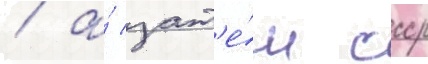
/ а́ зат'е́м ссср